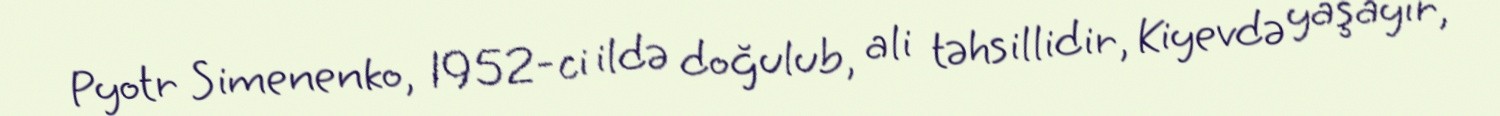
Pyotr Simenenko, 1952-ci ildə doğulub, ali təhsillidir, Kiyevdə yaşayır,